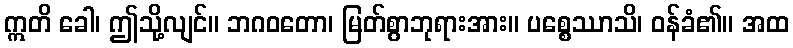
ဣတိ ခေါ၊ ဤသို့လျင်။ ဘဂဝတော၊ မြတ်စွာဘုရားအား။ ပစ္စေဿာသိ၊ ဝန်ခံ၏။ အထ